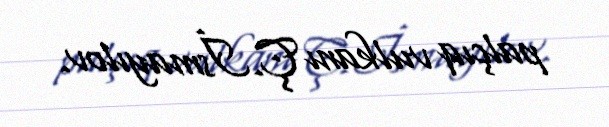
palçıq vulkanı Ç.İsmayılov.